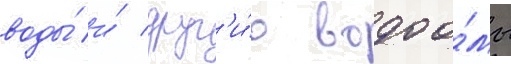
воды́ и́ друг'и́е водоо́мы